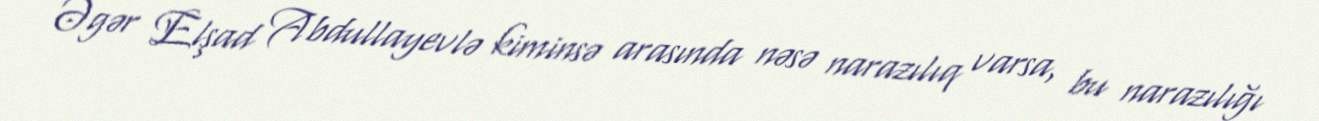
Əgər Elşad Abdullayevlə kiminsə arasında nəsə narazılıq varsa, bu narazılığı